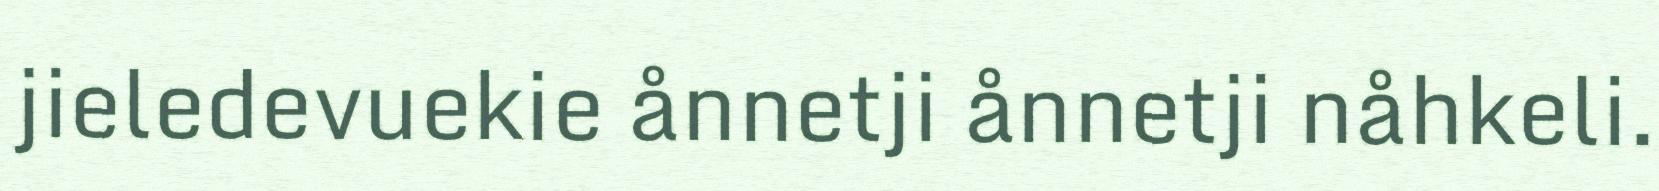
jieledevuekie ånnetji ånnetji nåhkeli.